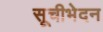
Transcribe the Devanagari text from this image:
सूचीभेदन